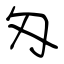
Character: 匁